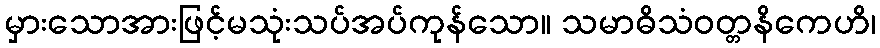
မှားသောအားဖြင့်မသုံးသပ်အပ်ကုန်သော။ သမာဓိသံဝတ္တနိကေဟိ၊